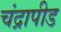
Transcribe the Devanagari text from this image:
चंद्रापीड